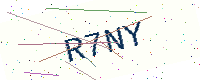
Text: R7NY